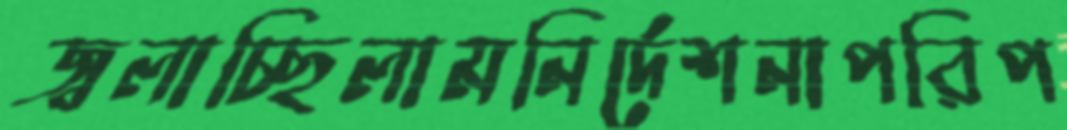
জ্বলাচ্ছিলামনির্দেশনাপরিপ